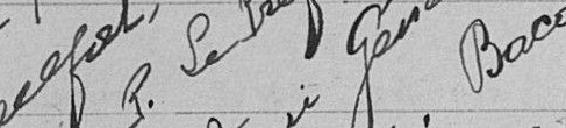
P. Le Préfet